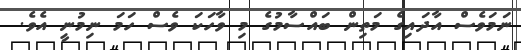
ނަމަވެސް އާދައިގެ މަތިން ބައްސާމުގެ މި ވާހަކަ ވެސް ހަމަ ނިމުނީ އެވެ.